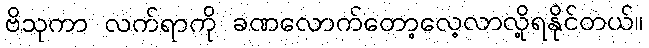
ဗိသုကာ လက်ရာကို ခဏလောက်တော့လေ့လာလို့ရနိုင်တယ်။